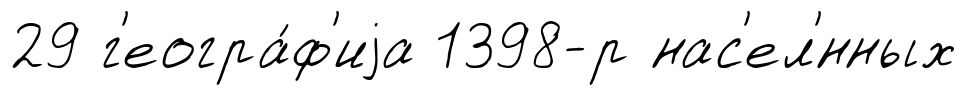
29 г'еогра́ф'иjа 1398-р нас'ел'́нных